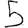
Digit: 5